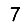
Digit: 7